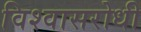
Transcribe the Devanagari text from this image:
विश्‍वासरोधी